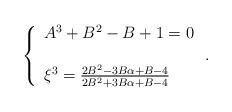
LaTeX: \begin{align*}\left\{\begin{array}{l}A^3+B^2-B+1=0\\\\\xi^3=\frac{2B^2 - 3B\alpha + B - 4}{2B^2 + 3B\alpha + B - 4}\\\end{array}\right..\end{align*}